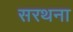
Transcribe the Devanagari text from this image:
सरथना